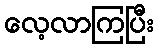
လေ့လာကြပြီး